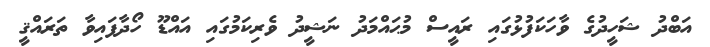
އަބްދު ޝަހީދުގެ ވާހަކަފުޅުގައި ރައީސް މުޙައްމަދު ނަޝީދު ވެރިކަމުގައި އައްޑޫ ހޯދާފައިވާ ތަރައްޤީ